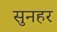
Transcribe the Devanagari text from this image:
सुनहर